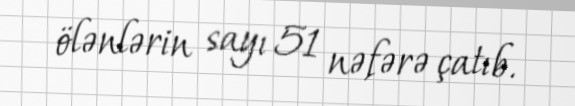
ölənlərin sayı 51 nəfərə çatıb.